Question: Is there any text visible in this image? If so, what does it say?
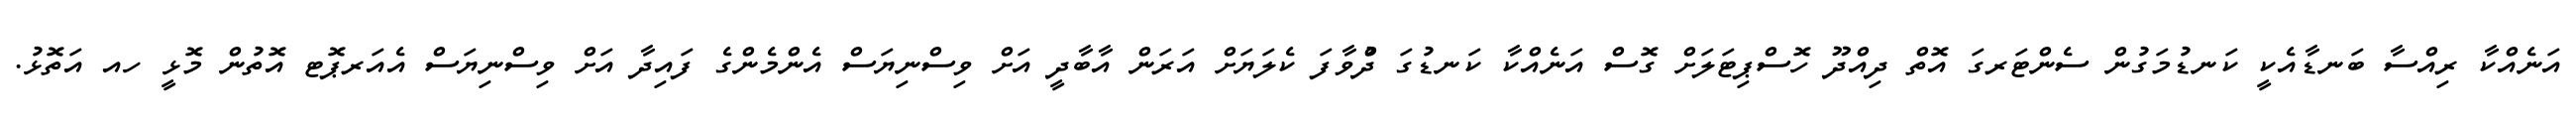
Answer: އަނެއްކާ ރިއްސާ ބަނޑާއެކީ ކަނޑުމަގުން ސެންޓަރގަ އޮތް ދިއްދޫ ހޮސްޕިޓަލަށް ގޮސް އަނެއްކާ ކަނޑުގަ ދުްވާފަ ކެލަޔަށް އަރަން އާބާދީ އަށް ވިސްނިޔަސް އެންމެންގެ ފައިދާ އަށް ވިސްނިޔަސް އެއަރޕޮޓ އޮތުން މޮޅީ ހއ އަތޮޅު.